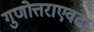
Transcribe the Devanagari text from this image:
गुणोत्तराएवढा